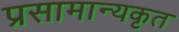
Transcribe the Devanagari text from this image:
प्रसामान्यकृत